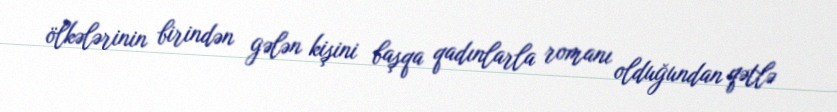
ölkələrinin birindən gələn kişini başqa qadınlarla romanı olduğundan qətlə